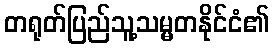
တရုတ်ပြည်သူ့သမ္မတနိုင်ငံ၏